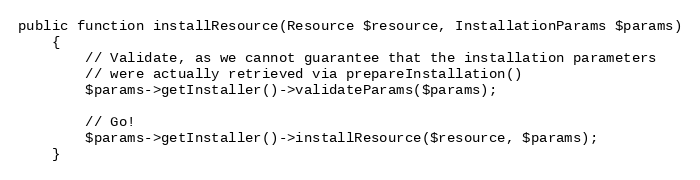
Language: PHP
public function installResource(Resource $resource, InstallationParams $params)
    {
        // Validate, as we cannot guarantee that the installation parameters
        // were actually retrieved via prepareInstallation()
        $params->getInstaller()->validateParams($params);

        // Go!
        $params->getInstaller()->installResource($resource, $params);
    }